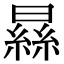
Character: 𣊡